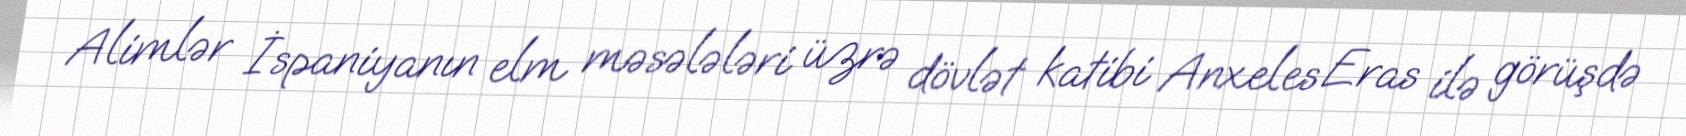
Alimlər İspaniyanın elm məsələləri üzrə dövlət katibi Anxeles Eras ilə görüşdə